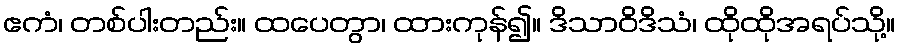
ဧကံ၊ တစ်ပါးတည်း။ ထပေတွာ၊ ထားကုန်၍။ ဒိသာဝိဒိသံ၊ ထိုထိုအရပ်သို့။